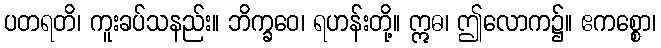
ပတရတိ၊ ကူးခပ်သနည်း။ ဘိက္ခဝေ၊ ရဟန်းတို့။ ဣဓ၊ ဤလောက၌။ ဧကစ္စော၊